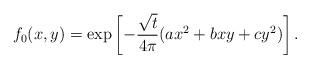
LaTeX: \begin{align*}f_0(x,y)=\exp\left[-\frac{\sqrt{t}}{4\pi}(ax^2+bxy+cy^2)\right].\end{align*}